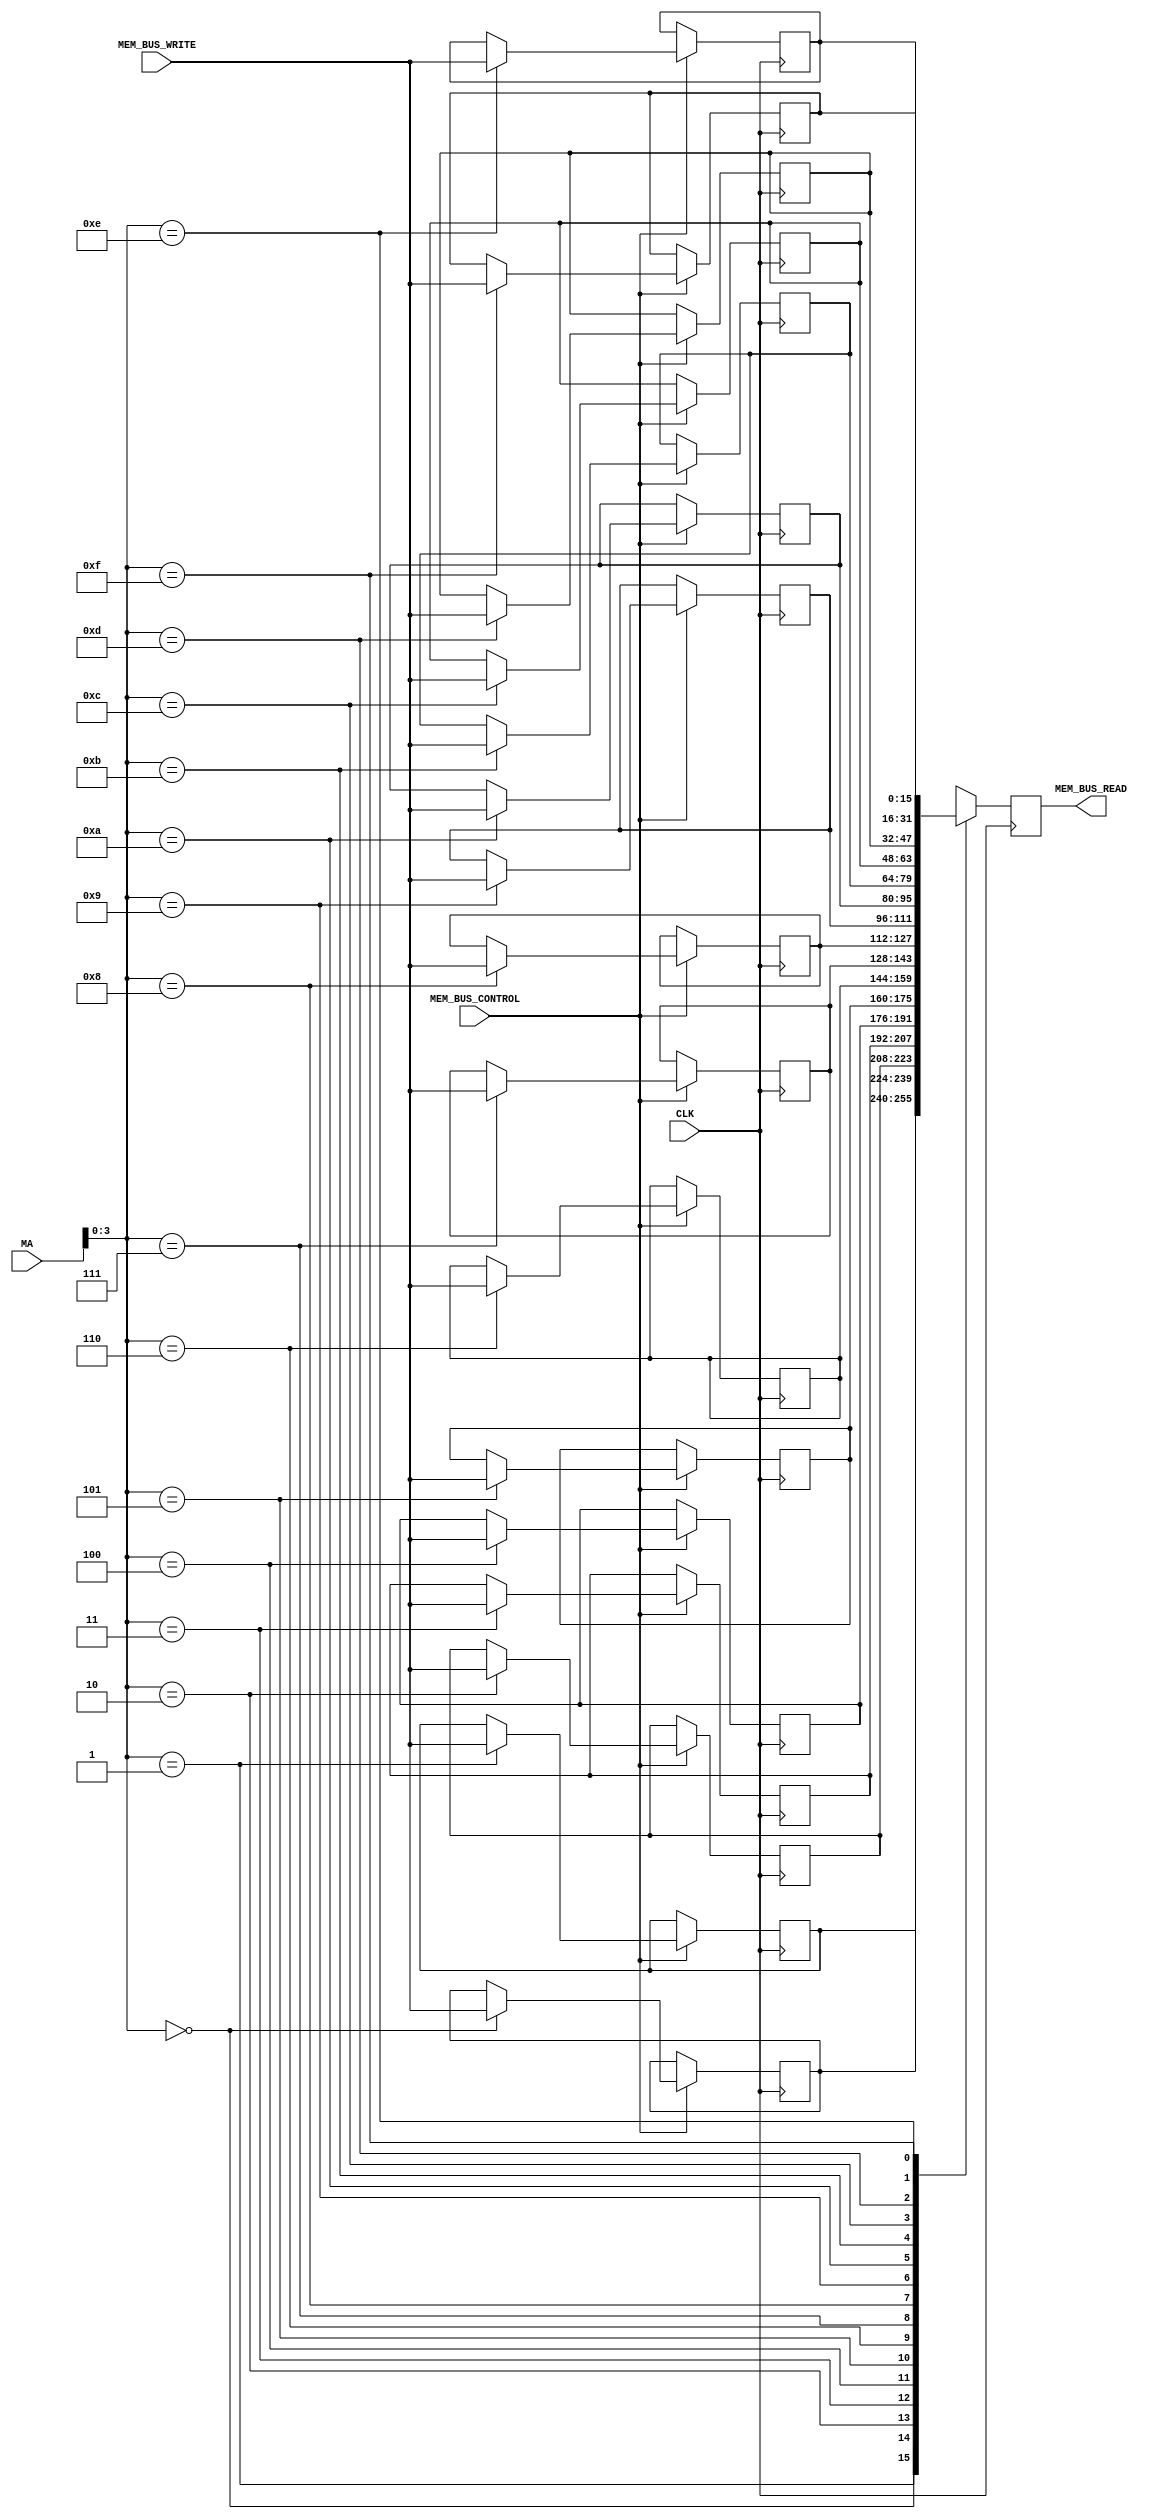
`timescale 1ns / 1ps
//////////////////////////////////////////////////////////////////////////////////
// Company: 
// Engineer: 
// 
// Design Name: 
// Module Name: MemoryController
// Project Name: 
// Target Devices: 
// Tool Versions: 
// Description: 
// 
// Dependencies: 
// 
// Revision:
// Revision 0.01 - File Created
// Additional Comments:
// 
//////////////////////////////////////////////////////////////////////////////////


module MemoryController(MEM_BUS_READ, MEM_BUS_WRITE, CLK, MA, MEM_BUS_CONTROL);
input CLK;
input wire MEM_BUS_CONTROL;
input wire [11:0]MA; //in the requirements we are told that the Memory Address register is 12 bits long, so I must accomidate for that.
reg[15:0] memory[15:0];
input wire [15:0]MEM_BUS_WRITE;
output reg [15:0]MEM_BUS_READ;

//initial memory values
initial begin
memory[0] = 16'b0010111111111111; //ADC FFF to the accumulator
memory[1] = 16'b0110000000000000; //INCA, Incrament Accululator
memory[2] = 16'b0000000000000000; //NOT, Inverts Accumulator
memory[3] = 16'b1000000000001011; //STA, Stores Accumulator into memory 11 (0xB)
memory[4] = 16'b1011000000001011; //LDA, Loads Accumulator from memory 11 (0xB)
memory[5] = 16'b0000000000000000; //NOT
memory[6] = 16'b0000000000000000; //NOT
memory[7] = 16'b0000000000000000; //NOT
memory[8] = 16'b0000000000000000; //NOT
memory[9] = 16'b0000000000000000; //NOT
memory[10] = 16'b0101000000001111; //JPA, Jump to Memory 15 (0xE)
memory[11] = 16'b0000000000000000;
memory[12] = 16'b0000000000000000;
memory[13] = 16'b0000000000000000;
memory[14] = 16'b0000000000000000;
memory[15] = 16'b0101000000000000; //JPA, Jump to Memory 0 (0x0) 
MEM_BUS_READ <= memory[0]; //set initial value
/*
ASSEMBLY CODE FOR ABOVE:
main_   ADC #0xFFF
        INCA
        NOT 
        STA #0xB
        LDA #0xB
        NOT
        NOT
        NOT
        NOT
        NOT
        JPA reset
reset   JPA main_
*/
end

always @(negedge CLK) begin
MEM_BUS_READ = memory[MA];
    if (MEM_BUS_CONTROL == 1'b1)
        memory[MA] <= MEM_BUS_WRITE;
end

endmodule